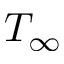
T _ { \infty }